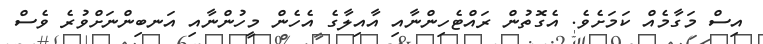
އިސް މަގާމެއް ކަމަށެވެ. އެގޮތުން ރައްޓެހިންނާއި އާއިލާގެ އެހެން މީހުންނާއި އަނބިންނަށްވުރެ ވެސް